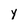
Character: y